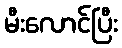
မီးလောင်ပြီး